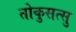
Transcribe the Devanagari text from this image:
तोकुसत्सु